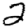
Digit: 2